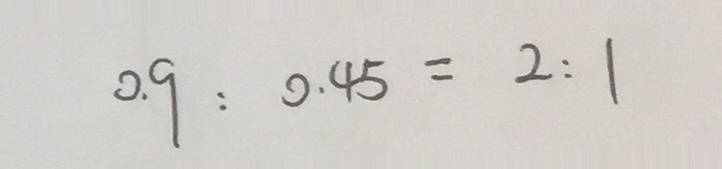
0 . 9 : 0 . 4 5 = 2 : 1